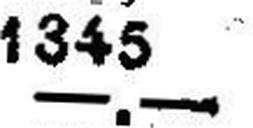
—.—